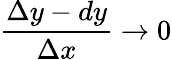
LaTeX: {\frac{\Delta y-dy}{\Delta x}}\to 0